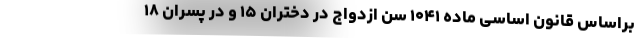
براساس قانون اساسی ماده ۱۰۴۱ سن ازدواج در دختران ۱۵ و در پسران ۱۸